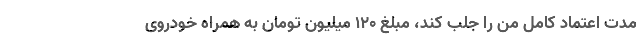
مدت اعتماد کامل من را جلب کند، مبلغ ۱۲۰ میلیون تومان به همراه خودروی